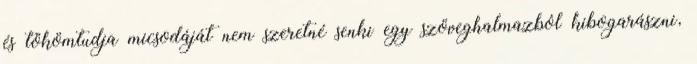
és tökömtudja micsodáját nem szeretné senki egy szöveghalmazból kibogarászni,